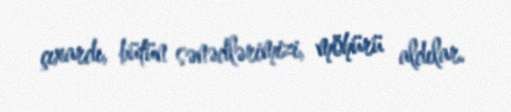
çıxardı, bütün sənədlərimizi, möhürü aldılar.